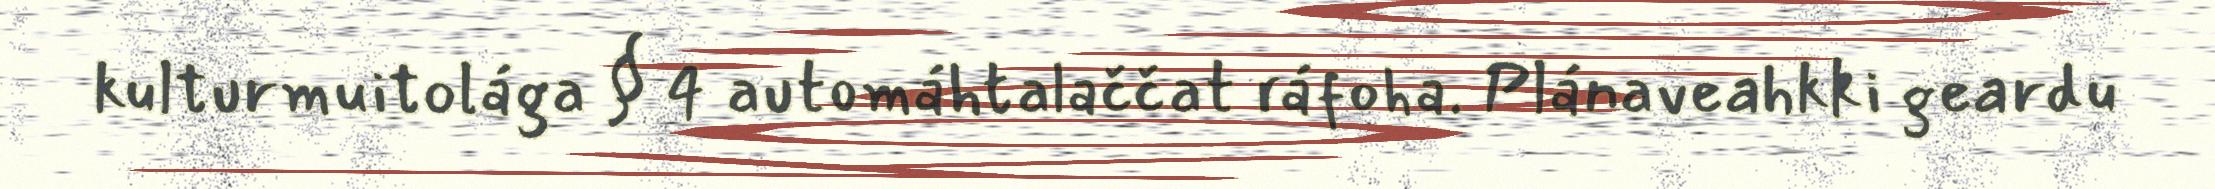
kulturmuitolága § 4 automáhtalaččat ráfoha. Plánaveahkki geardu